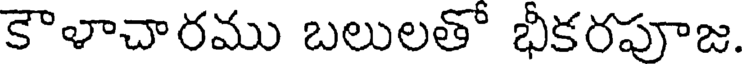
కౌళాచారము బలులతో భీకరపూజ.